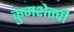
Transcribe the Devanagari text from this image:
कुमशेतची